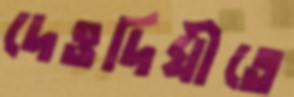
দেওদিঘীতে